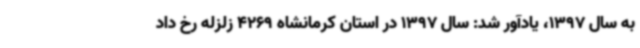
به سال 1397، یادآور شد: سال 1397 در استان کرمانشاه 4269 زلزله رخ داد